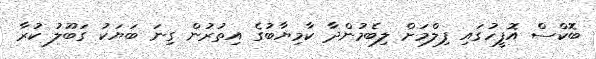
ބޮކްސް އޮފީހުގައި ފިލްމަށް ލިބެމުންދާ ކާމިޔާބުގެ އިތުރުން ގިނަ ބަޔަކު ގަބޫލު ކުރާ